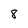
Character: 8